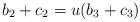
LaTeX: \begin{align*}& b_2+c_2=u(b_3+c_3)\end{align*}